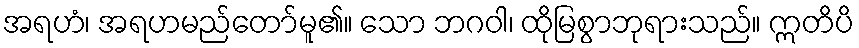
အရဟံ၊ အရဟမည်တော်မူ၏။ သော ဘဂဝါ၊ ထိုမြစွာဘုရားသည်။ ဣတိပိ